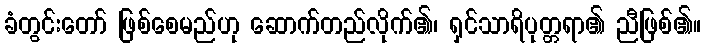
ခံတွင်းတော် ဖြစ်စေမည်ဟု ဆောက်တည်လိုက်၏၊ ရှင်သာရိပုတ္တရာ၏ ညီဖြစ်၏။